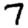
Digit: 7